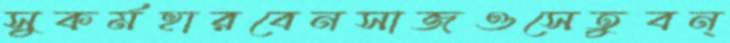
সুকর্মহারবেনসাজওসেতুবন্